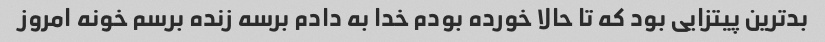
بد‌ترین پیتزایی بود که تا حالا خورده بودم خدا به دادم برسه زنده برسم خونه امروز